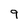
Character: 9